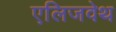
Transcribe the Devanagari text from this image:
एलिजवेथ